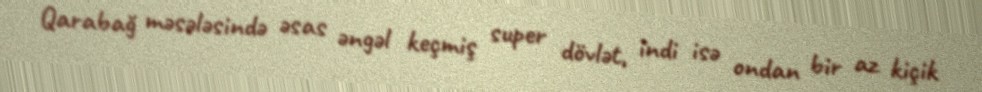
Qarabağ məsələsində əsas əngəl keçmiş super dövlət, indi isə ondan bir az kiçik